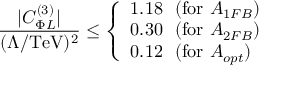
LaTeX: \frac { \vert C _ { \Phi L } ^ { ( 3 ) } \vert } { ( \Lambda / \mathrm { T e V } ) ^ { 2 } } \le \left\{ \begin{array} { l l } { { 1 . 1 8 ~ ~ ( \mathrm { f o r } ~ A _ { 1 F B } ) } } \\ { { 0 . 3 0 ~ ~ ( \mathrm { f o r } ~ A _ { 2 F B } ) } } \\ { { 0 . 1 2 ~ ~ ( \mathrm { f o r } ~ A _ { o p t } ) } } \end{array} \right.